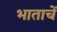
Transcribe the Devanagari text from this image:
भाताचें